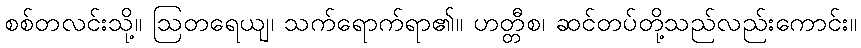
စစ်တလင်းသို့။ ဩတရေယျ၊ သက်ရောက်ရာ၏။ ဟတ္တီစ၊ ဆင်တပ်တို့သည်လည်းကောင်း။